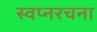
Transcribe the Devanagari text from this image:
स्वप्नरचना